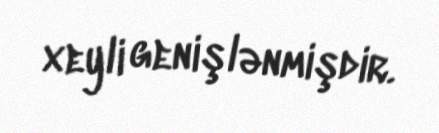
xeyli genişlənmişdir.